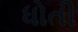
ધોતી